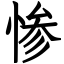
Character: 惨